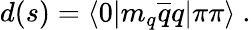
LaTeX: d(s)=\langle 0|m_{q}\overline{{{q}}}q|\pi\pi\rangle\ .